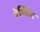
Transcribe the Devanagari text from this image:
रेश्लिंग